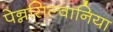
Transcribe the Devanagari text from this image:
पेन्नसिल्वानिया